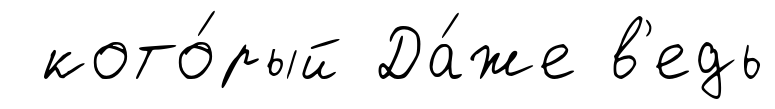
кото́рый Да́же в'едь